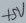
Text: +5V